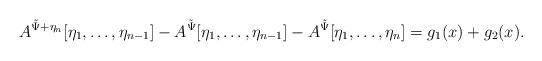
LaTeX: \begin{align*}A^{\tilde \Psi + \eta_n}[\eta_1,\dots,\eta_{n-1}] - A^{\tilde \Psi}[\eta_1,\dots,\eta_{n-1}] - A^{\tilde \Psi}[\eta_1,\dots,\eta_n] = g_1(x) + g_2(x).\end{align*}